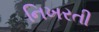
નિખરતી